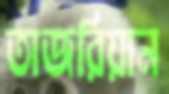
তাজরিয়ান